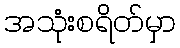
အသုံးစရိတ်မှာ